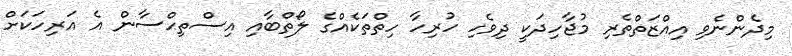
މިދެންނެވި އިއްޒަތްތެރި މުޖާހިދަކީ ދިވެހި ހުރިހާ ހިތްތަކެއްގެ ލޯތްބާއި އިސްތިޙްސާން އެ އަރިހަކަށް